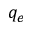
q _ { e }